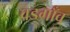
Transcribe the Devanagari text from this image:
वडगाँव